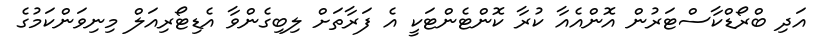
އަދި ބްރޯޑްކާސްޓަރުން އޮންއެއާ ކުރާ ކޮންޓެންޓަކީ އެ ފަރާތަށް ލިބިގެންވާ އެޑިޓޯރިއަލް މިނިވަންކަމުގެ